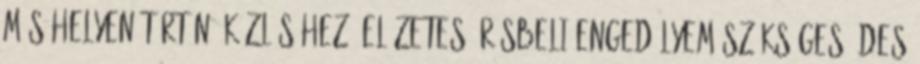
más helyen történő közléséhez, előzetes írásbeli engedélyem szükséges Édes